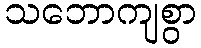
သဘောကျစွာ